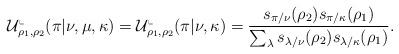
LaTeX: \begin{align*}\mathcal{U}^{\llcorner}_{\rho_1, \rho_2}(\pi \vert \nu, \mu, \kappa) =\mathcal{U}^{\llcorner}_{\rho_1, \rho_2}(\pi \vert \nu, \kappa) = \frac{s_{\pi/\nu}(\rho_2) s_{\pi/\kappa}(\rho_1)}{\sum_{\lambda}s_{\lambda/\nu}(\rho_2) s_{\lambda/\kappa}(\rho_1)}.\end{align*}